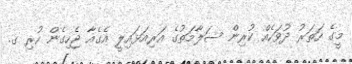
މީގެ ހަތަރު ދުވަހެއް ކުރިން ސަލާމަތުގެ އަރިއަޅައިލީ އެގެއާ ޖެހިގެން ހުރި ގ.